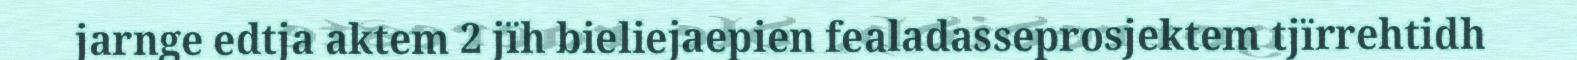
jarnge edtja aktem 2 jïh bieliejaepien fealadasseprosjektem tjïrrehtidh